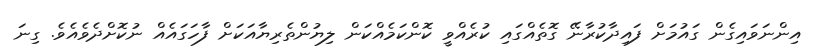
އިންނަވައިގެން ގައުމަށް ފައިދާކުރާނޭ ގޮތެއްގައި ކުރެއްވީ ކޮންކަމެއްކަން ލިޔުންތެރިޔާއަކަށް ފާހަގައެއް ނުކޮށްދެވެއެވެ. ގިނަ